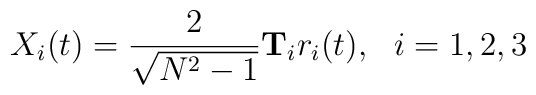
X_i (t) = \frac{2}{\sqrt{N^2-1}} \mathbf{T}_i r_i(t) ,\ \ i=1,2,3